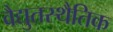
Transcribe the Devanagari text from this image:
वैद्युतस्थैतिक